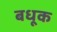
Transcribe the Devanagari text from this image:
बधूक